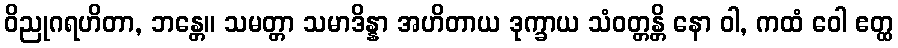
ဝိညုဂရဟိတာ, ဘန္တေ။ သမတ္တာ သမာဒိန္နာ အဟိတာယ ဒုက္ခာယ သံဝတ္တန္တိ နော ဝါ, ကထံ ဝေါ ဧတ္ထ